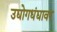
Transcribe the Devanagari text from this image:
उद्योगधंद्यावर